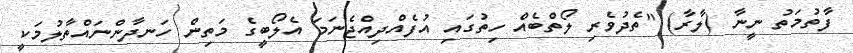
ފާތުމަތު ނީނާ (ލާރާ) "ތެދުވެރި ލޯތްބެއް ހިތުގައި އުފެއްދިއްޖެނަމަ އެލޯބީގެ މަތިން ހަނދާންނައްތާލުމަކީ